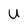
Character: u